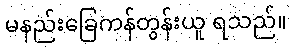
မနည်းခြေကန်တွန်းယူ ရသည်။